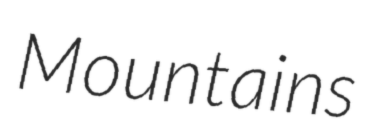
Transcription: Mountains